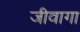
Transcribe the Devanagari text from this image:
जीवागा